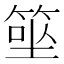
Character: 𥮭